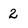
Character: 2